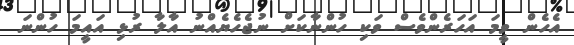
އެހެން ވީމަ އަހަރެންވެސް ވަކި ހުންނާކަށް ނުޖެހެޔެއްނު އާލާ ރުޅި އައީމަ ހުންނަ